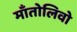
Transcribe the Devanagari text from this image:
माँतोलिवो